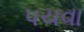
પચવા